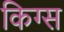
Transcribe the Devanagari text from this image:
किग्स